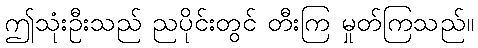
ဤသုံးဦးသည် ညပိုင်းတွင် တီးကြ မှုတ်ကြသည်။